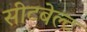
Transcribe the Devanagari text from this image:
सीटबेल्‍ट